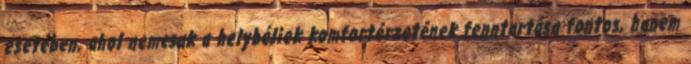
esetében, ahol nemcsak a helybéliek komfortérzetének fenntartása fontos, hanem